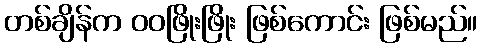
တစ်ချိန်က ဝဝဖြိုးဖြိုး ဖြစ်ကောင်း ဖြစ်မည်။